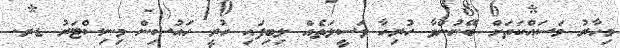
މިހާރު މަސައްކަތަށް ބޭނުންވާ ހުރިހާ ވަސީލަތެއް ލިބިފައި ހުރީ ހައުސިން މިނިސްޓަރު ޑރ.